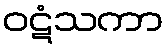
ဝဋံသကာ